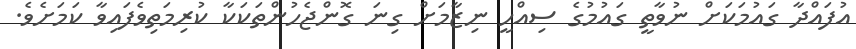
އުފައްދާ ގައުމަކަށް ނުވާތީ ގައުމުގެ ސިއްހީ ނިޒާމަށް ގިނަ ގޮންޖެހުންތަކަކާ ކުރިމަތިވެފައިވާ ކަމަށެވެ.